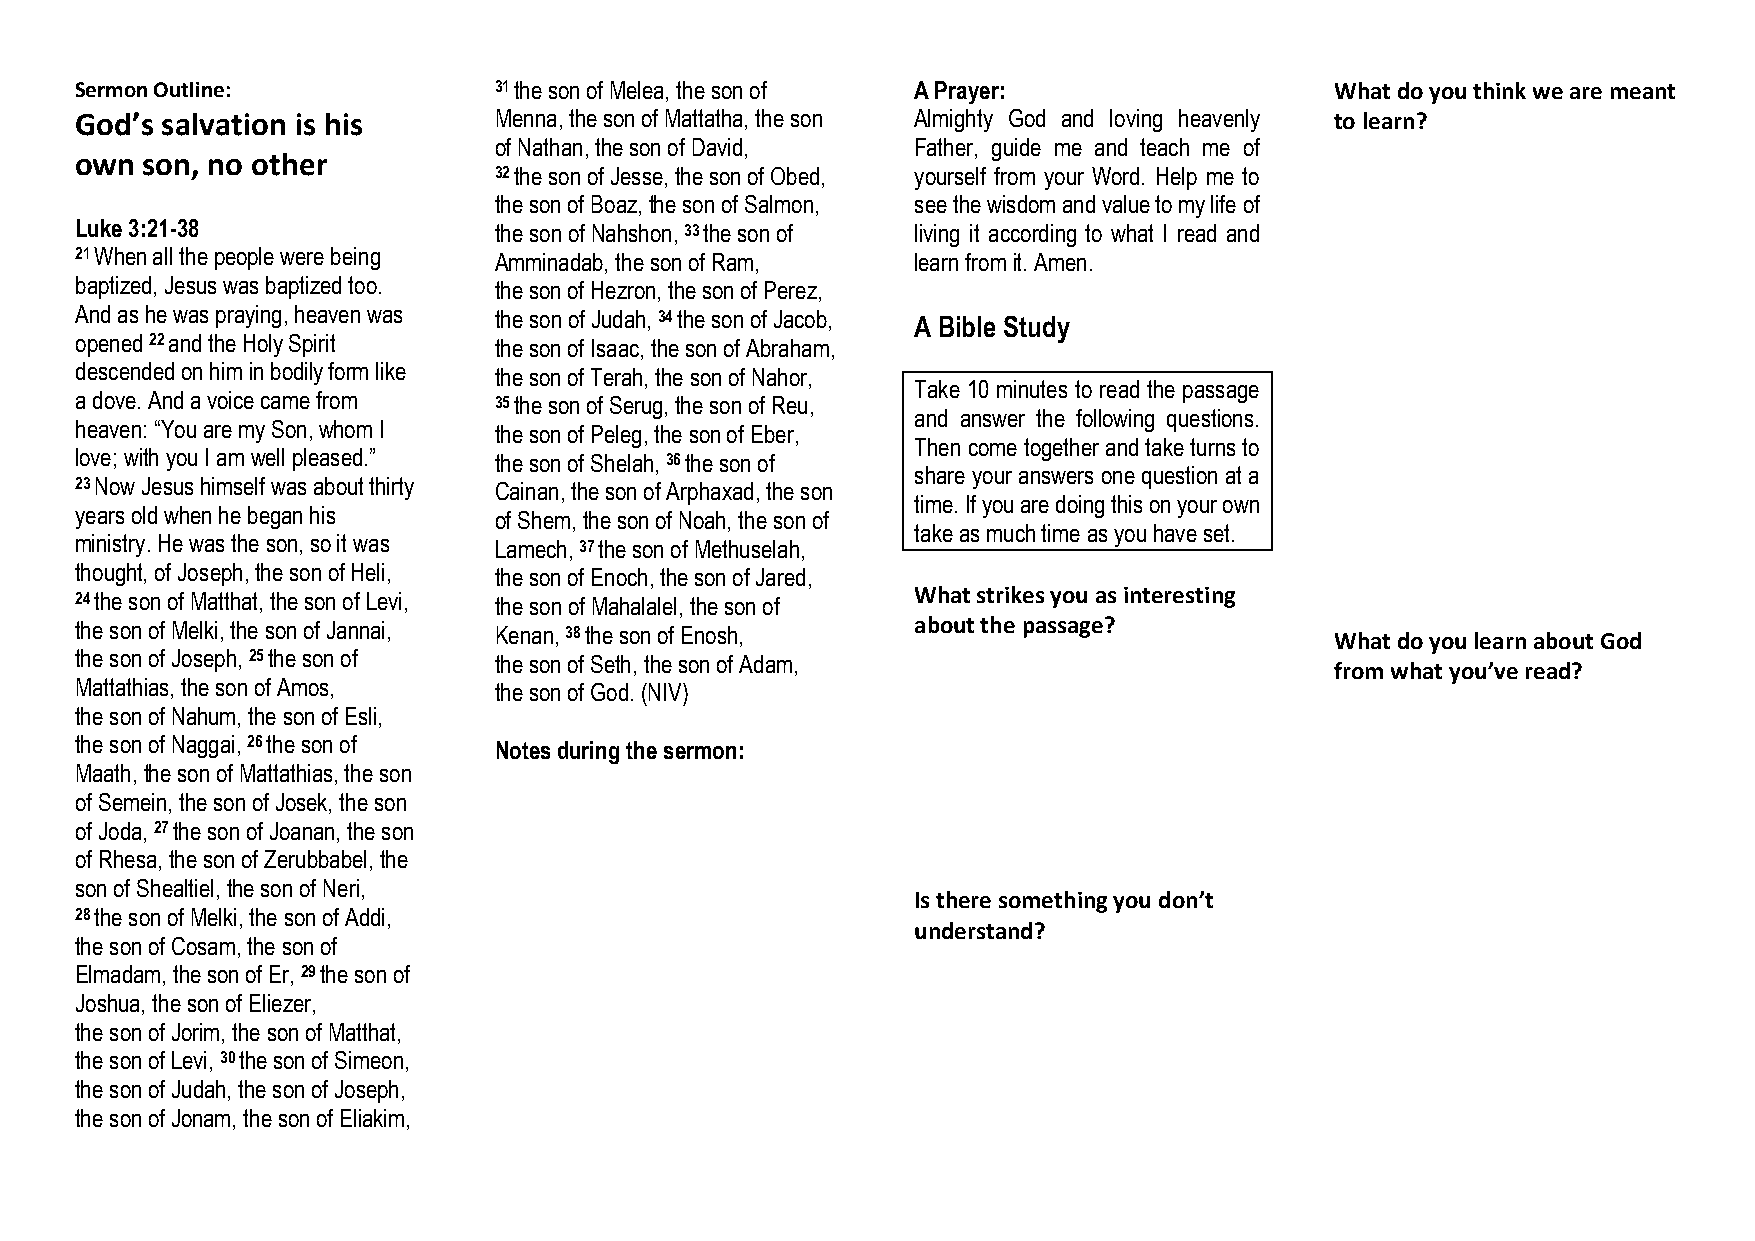
Sermon Outline:             31 the son of Melea, the son of A Prayer:              What do you think we are meant
 God’s salvation is his      Menna, the son of Mattatha, the son Almighty God and loving heavenly to learn?
 of Nathan, the son of David, Father, guide me and teach me of
 own son, no other
 32 the son of Jesse, the son of Obed, yourself from your Word. Help me to
 the son of Boaz, the son of Salmon, see the wisdom and value to my life of
 Luke 3:21-38                the son of Nahshon, 33 the son of living it according to what I read and
 21 When all the people were being Amminadab, the son of Ram, learn from it. Amen.
 baptized, Jesus was baptized too. the son of Hezron, the son of Perez,
 And as he was praying, heaven was the son of Judah, 34 the son of Jacob, A Bible Study
 opened 22 and the Holy Spirit the son of Isaac, the son of Abraham,
 descended on him in bodily form like the son of Terah, the son of Nahor,
 Take 10 minutes to read the passage
 a dove. And a voice came from 35 the son of Serug, the son of Reu,
 and answer the following questions.
 heaven: “You are my Son, whom I the son of Peleg, the son of Eber,
 Then come together and take turns to
 love; with you I am well pleased.” the son of Shelah, 36 the son of
 share your answers one question at a
 23 Now Jesus himself was about thirty Cainan, the son of Arphaxad, the son
 time. If you are doing this on your own
 years old when he began his of Shem, the son of Noah, the son of
 take as much time as you have set.
 ministry. He was the son, so it was Lamech, 37 the son of Methuselah,
 thought, of Joseph, the son of Heli, the son of Enoch, the son of Jared,
 24 the son of Matthat, the son of Levi, the son of Mahalalel, the son of What strikes you as interesting
 the son of Melki, the son of Jannai, Kenan, 38 the son of Enosh, about the passage? What do you learn about God
 the son of Joseph, 25 the son of the son of Seth, the son of Adam,
 from what you’ve read?
 Mattathias, the son of Amos, the son of God. (NIV)
 the son of Nahum, the son of Esli,
 the son of Naggai, 26 the son of Notes during the sermon:
 Maath, the son of Mattathias, the son
 of Semein, the son of Josek, the son
 of Joda, 27 the son of Joanan, the son
 of Rhesa, the son of Zerubbabel, the
 son of Shealtiel, the son of Neri,
 Is there something you don’t
 28 the son of Melki, the son of Addi,
 understand?
 the son of Cosam, the son of
 Elmadam, the son of Er, 29 the son of
 Joshua, the son of Eliezer,
 the son of Jorim, the son of Matthat,
 the son of Levi, 30 the son of Simeon,
 the son of Judah, the son of Joseph,
 the son of Jonam, the son of Eliakim,